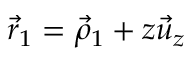
\vec { r } _ { 1 } = \vec { \rho } _ { 1 } + z \vec { u } _ { z }